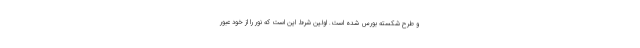
و طرح شکسته بورس شده است. اولین شرط این است که نور را از خود عبور